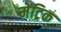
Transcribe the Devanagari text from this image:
मेंट्रिक